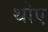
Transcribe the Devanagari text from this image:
थोए